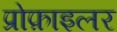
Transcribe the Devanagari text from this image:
प्रोफ़ाइलर